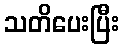
သတိပေးပြီး